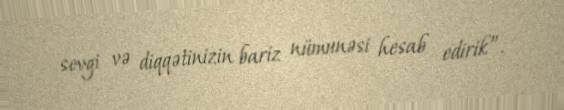
sevgi və diqqətinizin bariz nümunəsi hesab edirik”.